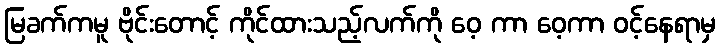
မြခက်ကမူ ဗိုင်းတောင့် ကိုင်ထားသည့်လက်ကို ဝေ့ ကာ ဝေ့ကာ ဝင့်နေရာမှ